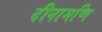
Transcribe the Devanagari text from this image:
दीनामणि